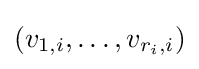
(v_{1,i},\dots ,v_{r_{i},i})